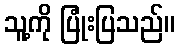
သူ့ကို ပြုံးပြသည်။